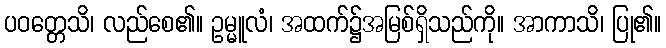
ပဝတ္တေသိ၊ လည်စေ၏။ ဥမ္မူလံ၊ အထက်၌အမြစ်ရှိသည်ကို။ အာကာသိ၊ ပြု၏။